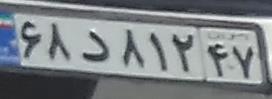
۶۸د۸۱۲۴۷